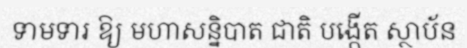
ទាមទារ ឱ្យ មហាសន្និបាត ជាតិ បង្កើត ស្ថាប័ន